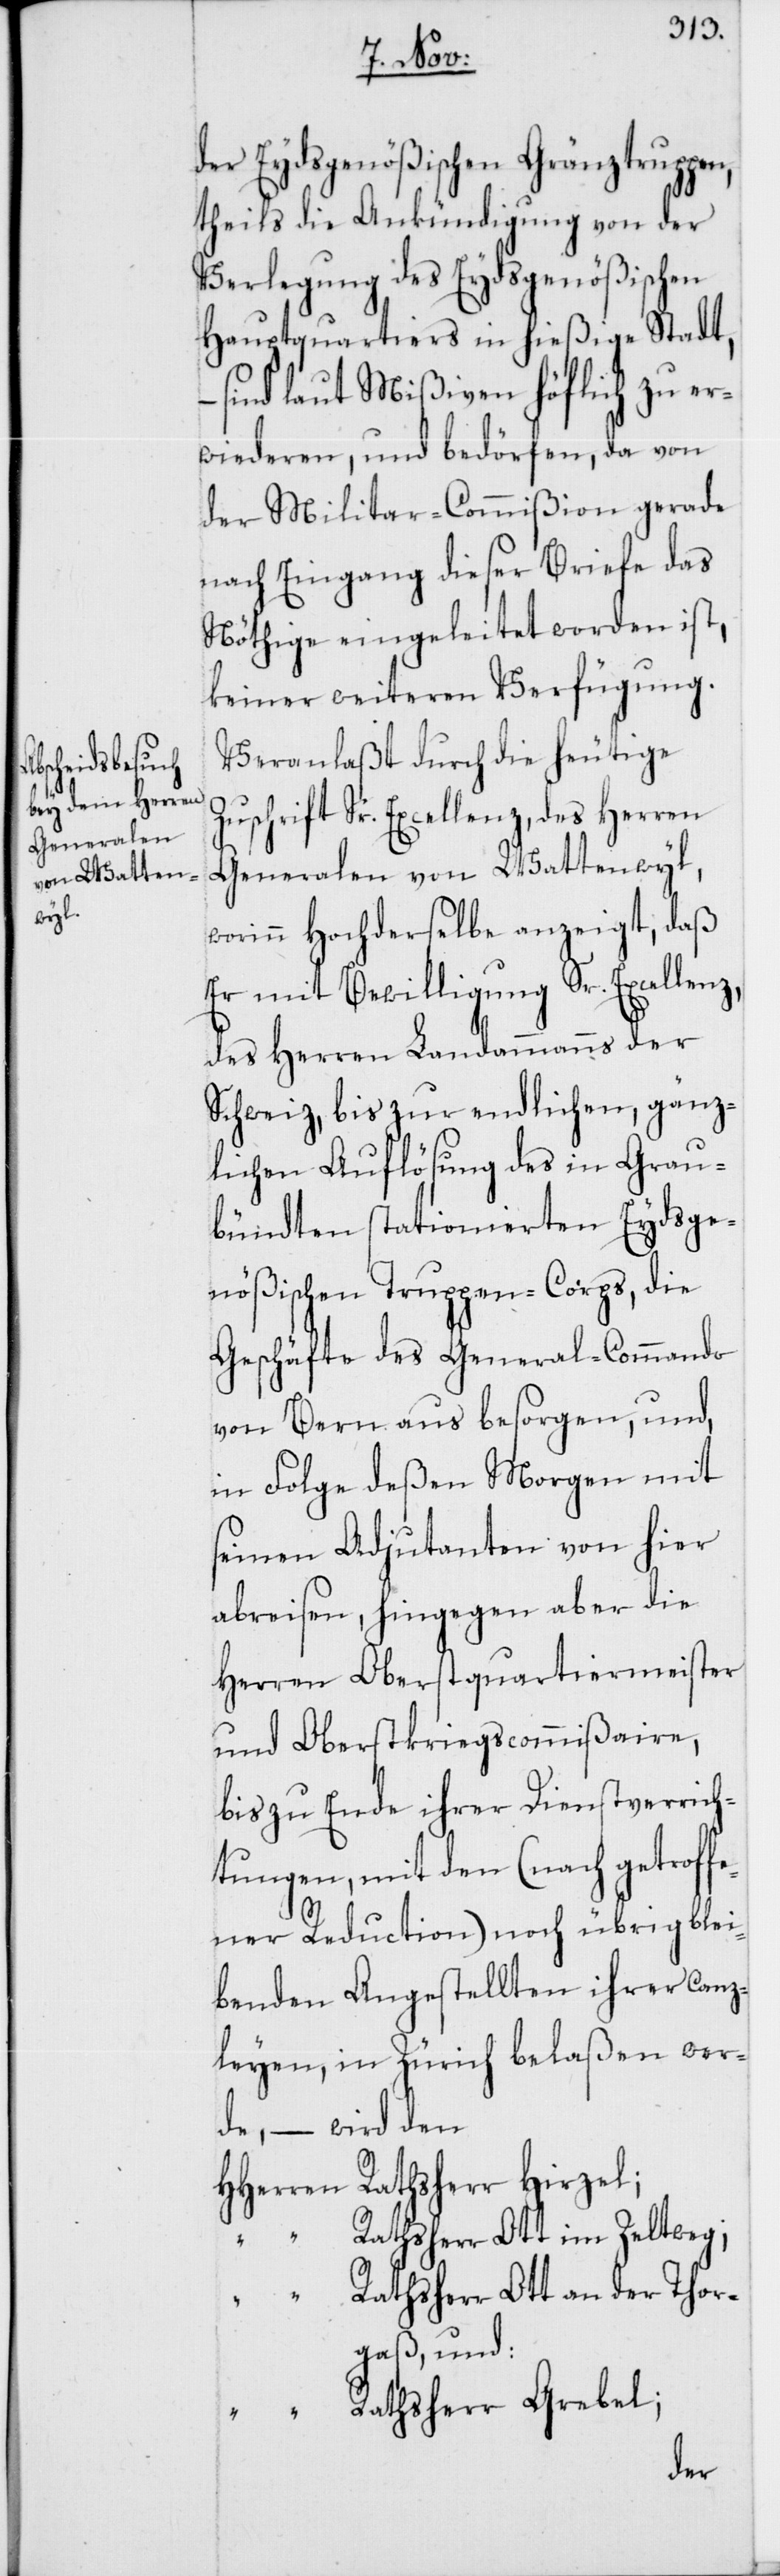
Z¬

z,
der Eydsgenößischen Gränztruppen,
theils die Ankündigung von der
Verlegung des Eydsgenößischen
Hauptquartiers in hießige Stadt,
sind laut Mißiven höflich zu er¬
wideren, und bedörfen, da von
der Militar-Commißion gerade
nach Eingang dieser Briefe das
Nöthige eingeleitet worden ist,
keiner weiteren Verfügung.
Veranlaßt durch die heutige
uschrift Sr. Excellenz, des Herren
Generalen von Wattenwyl,
worinn Hochderselbe anzeigt, daß
Er mit Bewilligung Sr. Excellen¬
des Herren Landammanns der
Schweiz, bis zur endlichen, gänz¬
lichen Auflösung des in Grau¬
bündten stationierten Eydsge¬
nößischen Truppen-Corps, die
Geschäfte des General-Commando
von Bern aus besorgen, und,
in Folge deßen Morgen mit
seinen Adjutanten von hier
abreisen, hingegen aber die
Herren Oberstquartiermeister
und Oberstkriegscommißaire,
bis zu Ende ihrer Dienstverrich¬
tungen, mit den (nach getroff¬
ener Reduction) noch übrig blei¬
benden Angestellten ihrer Canz¬
leyen, in Zürich belaßen wer¬
de, – wird den
HHerren Rathsherr Hirzel;
“ Rathsherr Ott im Zeltweg;
Rathsherr Ott an der Thor¬
gaß; und:
Rathsherr Grebel;